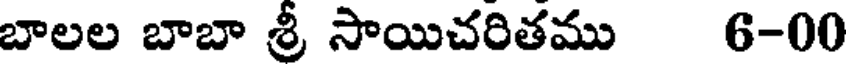
బాలల బాబా శ్రీ సాయిచరితము 6-00